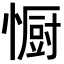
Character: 𭞭